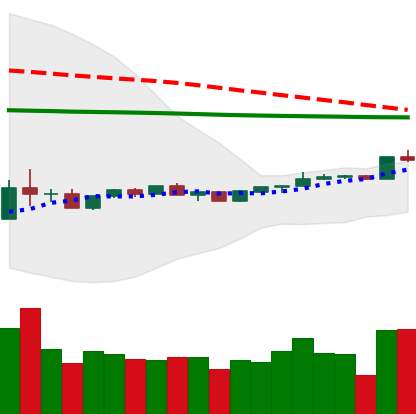
Ticker: ADA-USD
Chart end date: 2020-04-07
Forward return: -3.788%
Label: down_3_5